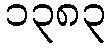
၁၃၈၃